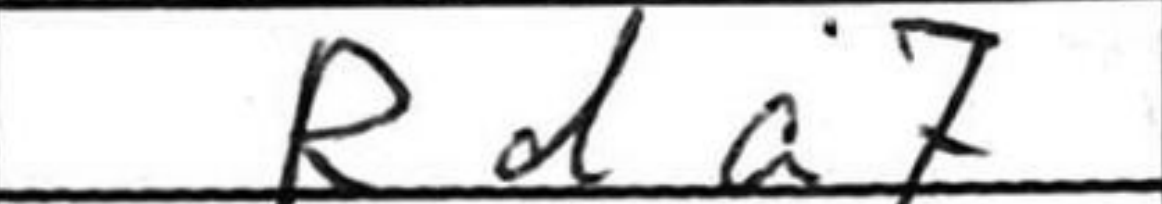
Transcription: Rda7